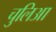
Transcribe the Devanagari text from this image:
चुलिआ